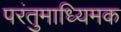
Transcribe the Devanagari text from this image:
परंतुमाध्यिमक